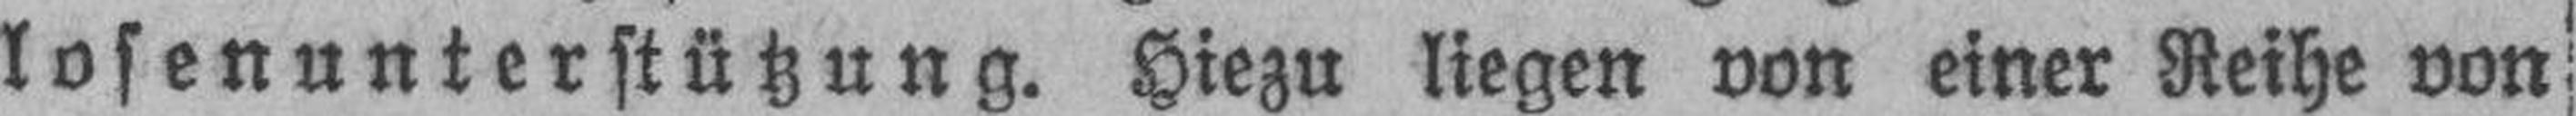
losenunterstützung. Hiezu liegen von einer Reihe von